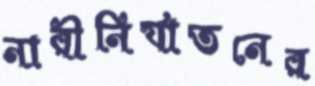
নারীনির্যাতনের